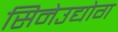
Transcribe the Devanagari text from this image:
सिनेउद्योग